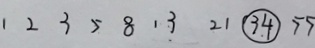
1 2 3 5 8 1 3 2 1 \textcircled { 3 4 } 5 5